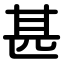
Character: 甚